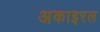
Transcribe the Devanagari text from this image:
अकाइरल